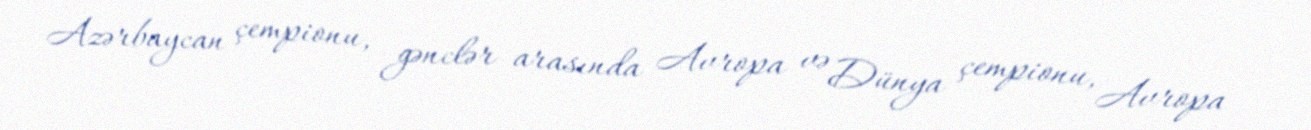
Azərbaycan çempionu, gənclər arasında Avropa və Dünya çempionu, Avropa